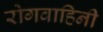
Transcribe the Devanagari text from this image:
रोगवाहिनी